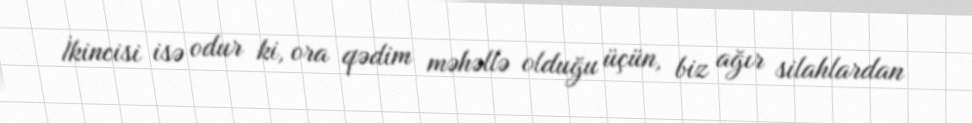
İkincisi isə odur ki, ora qədim məhəllə olduğu üçün, biz ağır silahlardan